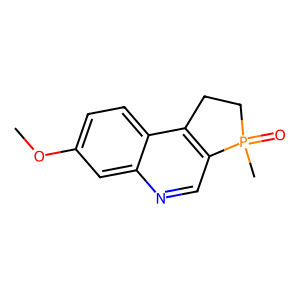
SMILES: COc1ccc2c3c(cnc2c1)P(C)(=O)CC3
Inhibits HIV replication: No